Indian journal of veterinary science and animal husbandry - Volume 4,
Year: 1934
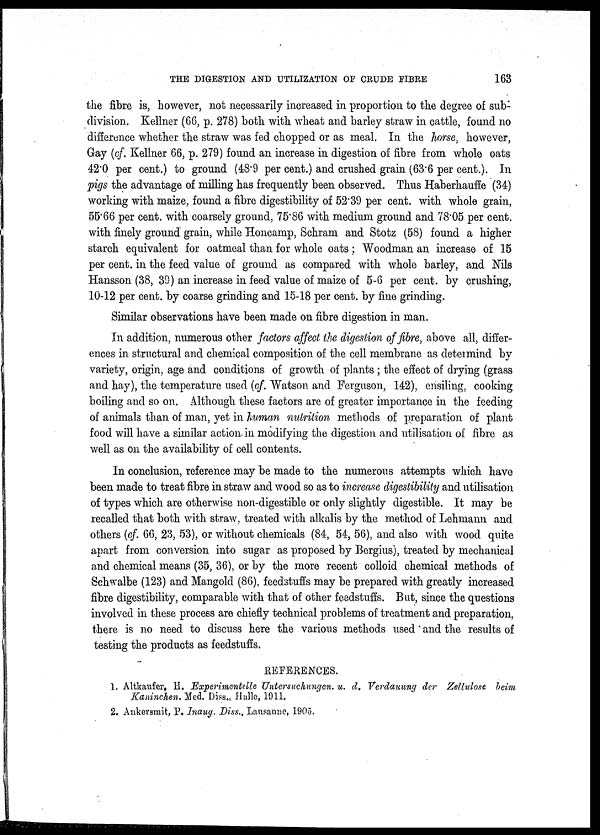
THE DIGESTION AND UTILIZATION OF CRUDE FIBRE
163
the fibre is, however, not necessarily increased in proportion to the degree of sub-
division. Kellner (66, p. 278) both with wheat and barley straw in cattle, found no
difference whether the straw was fed chopped or as meal. In the horse, however,
Gay (cf. Kellner 66, p. 279) found an increase in digestion of fibre from whole oats
42.0 per cent.) to ground (48.9 per cent.) and crushed grain (63.6 per cent.). In
pigs the advantage of milling has frequently been observed. Thus Haberhauffe (34)
working with maize, found a fibre digestibility of 52.39 per cent. with whole grain,
55.66 per cent. with coarsely ground, 75.86 with medium ground and 78.05 per cent.
with finely ground grain, while Honcamp, Schram and Stotz (58) found a higher
starch equivalent for oatmeal than for whole oats ; Woodman an increase of 15
per cent. in the feed value of ground as compared with whole barley, and Nils
Hansson (38, 39) an increase in feed value of maize of 5-6 per cent. by crushing,
10-12 per cent. by coarse grinding and 15-18 per cent. by fine grinding.
Similar observations have been made on fibre digestion in man.
In addition, numerous other factors affect the digestion of fibre, above all, differ-
ences in structural and chemical composition of the cell membrane as determind by
variety, origin, age and conditions of growth of plants ; the effect of drying (grass
and hay), the temperature used (cf. Watson and Ferguson, 142), ensiling, cooking
boiling and so on. Although these factors are of greater importance in the feeding
of animals than of man, yet in human nutrition methods of preparation of plant
food will have a similar action in modifying the digestion and utilisation of fibre as
well as on the availability of cell contents.
In conclusion, reference may be made to the numerous attempts which have
been made to treat fibre in straw and wood so as to increase digestibility and utilisation
of types which are otherwise non-digestible or only slightly digestible. It may be
recalled that both with straw, treated with alkalis by the method of Lehmann and
others (cf. 66, 23, 53), or without chemicals (84, 54, 56), and also with wood quite
apart from conversion into sugar as proposed by Bergius), treated by mechanical
and chemical means (35, 36), or by the more recent colloid chemical methods of
Schwalbe (123) and Mangold (86), feedstuffs may be prepared with greatly increased
fibre digestibility, comparable with that of other feedstuffs. But, since the questions
involved in these process are chiefly technical problems of treatment and preparation,
there is no need to discuss here the various methods used and the results of
testing the products as feedstuffs.
REFERENCES.
1. Altkaufer, H. Experimentelle Untersuchungen. u. d. Verdauung der Zellulose beim
Kaninchen. Med. Diss., Halle, 1911.
2. Ankersmit, P. Inaug. Diss., Lausanne, 1905.